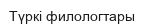
Түркі филологтары